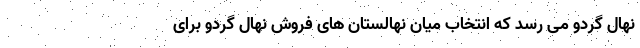
نهال گردو می رسد که انتخاب میان نهالستان های فروش نهال گردو برای